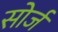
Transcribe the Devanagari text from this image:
सोर्ज